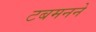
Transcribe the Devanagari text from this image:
टबमनने